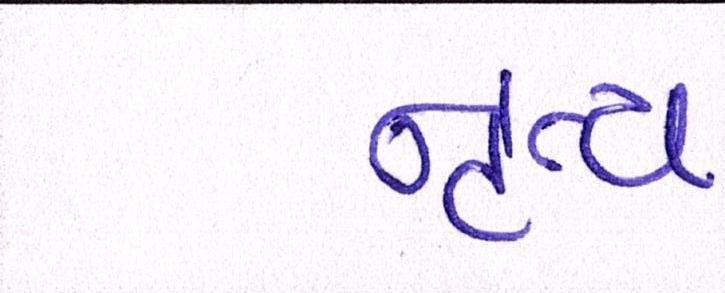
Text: નૃત્ય